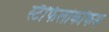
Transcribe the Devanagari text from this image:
स्टैफिलोकॉकस